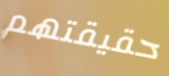
حقيقتهم